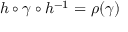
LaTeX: h \circ \gamma \circ h ^ { - 1 } = \rho ( \gamma )